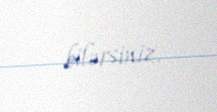
bilərsiniz.